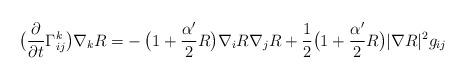
LaTeX: \begin{align*}\big(\frac{\partial}{\partial t}\Gamma^k_{ij}\big)\nabla_kR=&-\big(1+\frac{\alpha'}{2}R\big)\nabla_iR\nabla_jR+\frac{1}{2}\big(1+\frac{\alpha'}{2}R\big)|\nabla R|^2g_{ij}\end{align*}